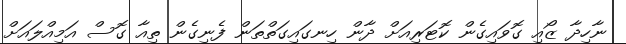
ނާހިދާ ޒޯއި ގޮވައިގެން ކޮޓަރިއަށް ދާން ހިނގައިގަތްތަން ފެނިގެން ތިއާ ގޮސް އަމިއްލައަށް